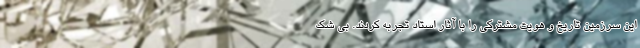
این سرزمین تاریخ و هویت مشترکی را با آثار استاد تجربه کردند. بی شک